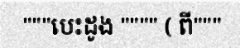
"""បេះដូង """" ( ពី"""